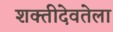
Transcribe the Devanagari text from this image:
शक्तीदेवतेला